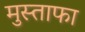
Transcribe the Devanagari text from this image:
मुस्ताफा